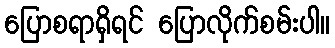
ပြောစရာရှိရင် ပြောလိုက်စမ်းပါ။